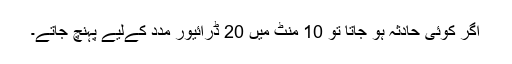
اگر کوئی حادثہ ہو جاتا تو 10 منٹ میں 20 ڈرائیور مدد کےلیے پہنچ جاتے۔